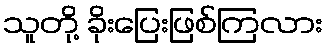
သူတို့ ခိုးပြေးဖြစ်ကြလား